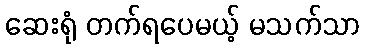
ဆေးရုံ တက်ရပေမယ့် မသက်သာ